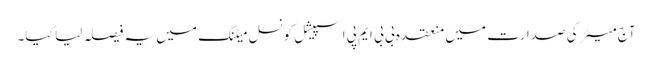
آج میئر کی صدارت میں منعقدہ بی بی ایم پی اسپیشل کونسل میٹنگ میں یہ فیصلہ لیاگیا۔